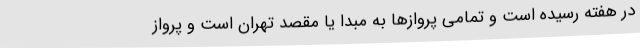
در هفته رسیده است و تمامی پروازها به مبدا یا مقصد تهران است و پرواز